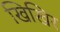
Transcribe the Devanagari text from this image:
खिखिर